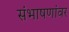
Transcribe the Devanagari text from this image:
संभाषणांवर